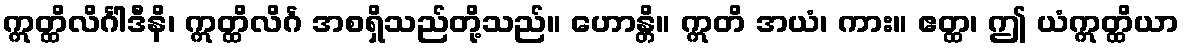
ဣတ္ထိလိင်္ဂါဒီနိ၊ ဣတ္ထိလိင်္ဂ အစရှိသည်တို့သည်။ ဟောန္တိ။ ဣတိ အယံ၊ ကား။ ဧတ္ထ၊ ဤ ယံဣတ္ထိယာ